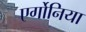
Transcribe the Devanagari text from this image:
एर्गोनिया